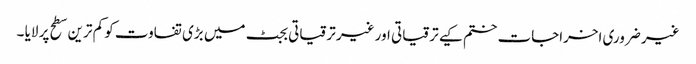
غیر ضروری اخراجات ختم کیے ترقیاتی اور غیر ترقیاتی بجٹ میں بڑی تفاوت کو کم ترین سطح پر لایا ۔